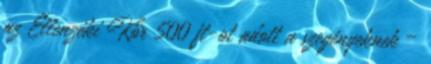
az Ellenzéki Kör 500 ft-ot adott a szegényeknek –